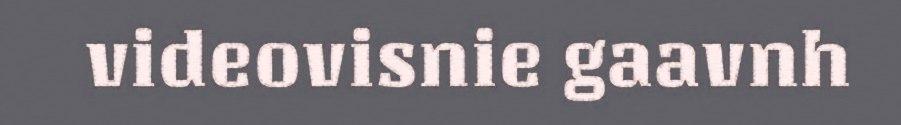
videovisnie gaavnh